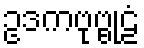
ဥဒကဗုဗ္ဗုဠံ